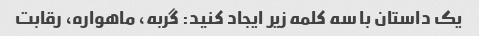
یک داستان با سه کلمه زیر ایجاد کنید: گربه، ماهواره، رقابت